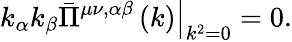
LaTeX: \left.k_{\alpha}k_{\beta}\bar{\Pi}^{\mu\nu,\alpha\beta}\left(k\right)\right|_{k^{2}=0}=0.